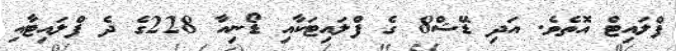
ފްލައިޓް އޮތެވެ. އަދި ޑޭޝް8 ގެ ފްލައިޓަކާއި ޑޯނިއާ 228ގެ ދެ ފްލައިޓާއި